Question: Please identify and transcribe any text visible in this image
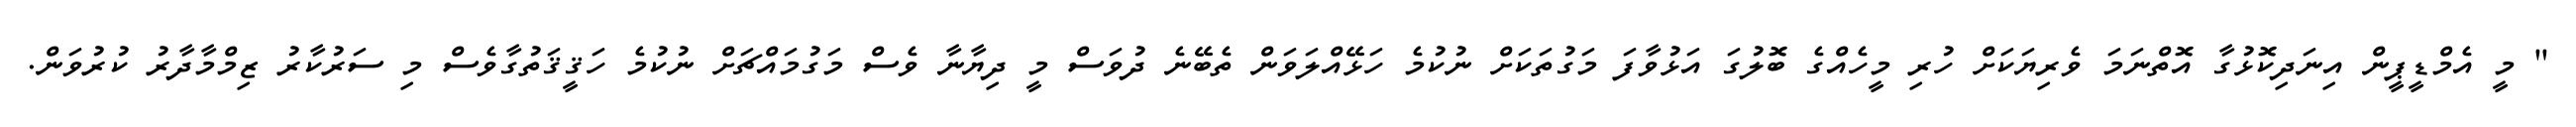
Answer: " މީ އެމްޑީޕީން އިނަދިކޮޅުގާ އޮތްނަމަ ވެރިޔަކަށް ހުރި މީހެއްގެ ބޮލުގަ އަޅުވާފަ މަގުތަކަށް ނުކުމެ ހަޅޭއްލަވަން ތެބޭނެ ދުވަސް މީ ދިޔާނާ ވެސް މަގުމައްޗަށް ނުކުމެ ހަޤީޤަތުގާވެސް މި ސަރުކާރު ޒިމްމާދާރު ކުރުވަން.